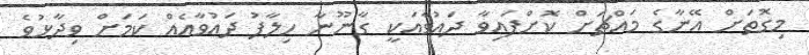
މިގޮތަށް އޭނާގެ މައްޗަށް ކޮށްފައިވާ ދައުވާއަކީ ގާނޫނާ ހިލާފު ދައުވާއެއް ކަމަށް ވިދާޅުވެ